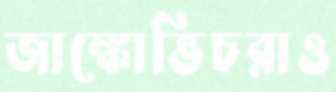
জাঙ্কোভিচরাও